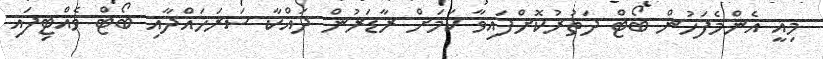
މިއީ އެންމެފަހުން ބޯޓް ދަތުރުކޮށްފައިވާ ކަމަށް ރާޑަރުން ދައްކާ ސަރަހައްދާއި ބޯޓް ވެއްޓިފައި